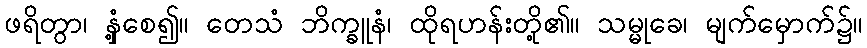
ဖရိတွာ၊ နှံ့စေ၍။ တေသံ ဘိက္ခူနံ၊ ထိုရဟန်းတို့၏။ သမ္မုခေ၊ မျက်မှောက်၌။